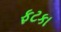
ફટકા